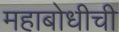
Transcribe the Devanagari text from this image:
महाबोधीची